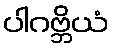
ပါဂဗ္ဘိယံ